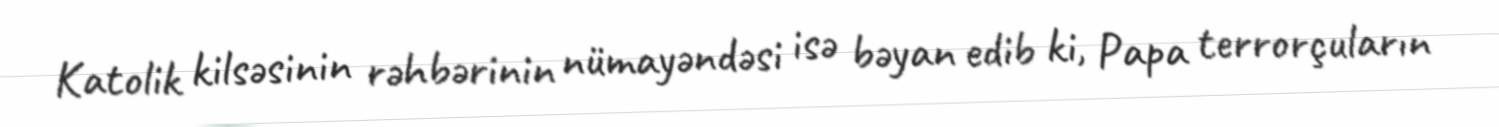
Katolik kilsəsinin rəhbərinin nümayəndəsi isə bəyan edib ki, Papa terrorçuların